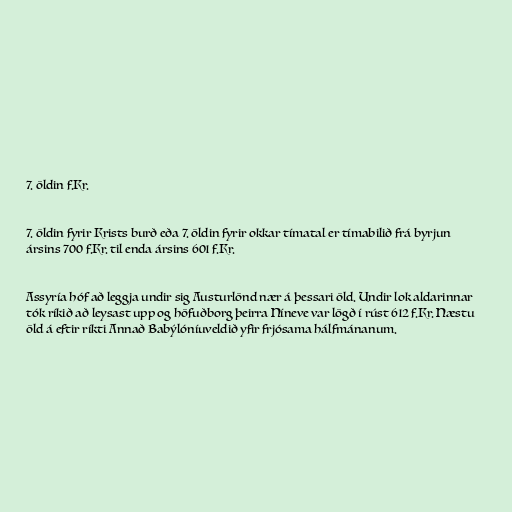
7. öldin f.Kr.

7. öldin fyrir Krists burð eða 7. öldin fyrir okkar tímatal er tímabilið frá byrjun
ársins 700 f.Kr. til enda ársins 601 f.Kr.

Assyría hóf að leggja undir sig Austurlönd nær á þessari öld. Undir lok aldarinnar
tók ríkið að leysast upp og höfuðborg þeirra Níneve var lögð í rúst 612 f.Kr. Næstu
öld á eftir ríkti Annað Babýlóníuveldið yfir frjósama hálfmánanum.